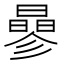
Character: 曑